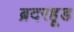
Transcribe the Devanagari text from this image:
ब्रदरहूड